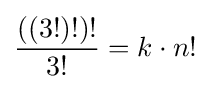
{\frac {((3!)!)!}{3!}}=k\cdot n!